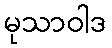
မုသာဝါဒ